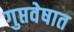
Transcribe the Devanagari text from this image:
गुप्तवेषात